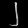
Digit: ၂